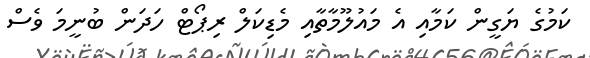
ކަމުގެ ޔަގީން ކަމާއި އެ މައުލޫމާތާއި މެޑިކަލް ރިޕޯޓް ހަދަން ބުނީމަ ވެސް